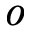
o